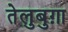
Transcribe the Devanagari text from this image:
तेलुबुग़ा